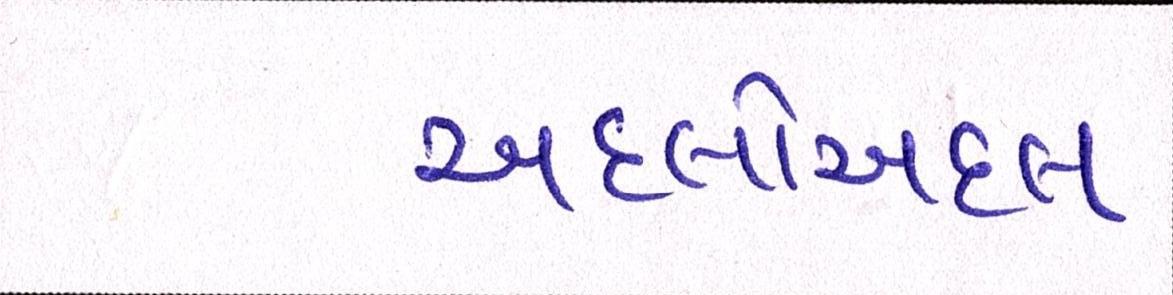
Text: અદલોઅદલ